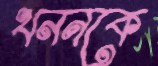
খননকে